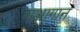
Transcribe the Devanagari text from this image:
एआगान